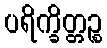
ပရိက္ခိတ္တဉ္စ